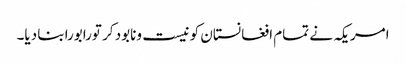
امریکہ نے تمام افغانستان کو نیست ونابود کر تورابورابنا دیا۔